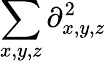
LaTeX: \sum_{x,y,z}\partial_{x,y,z}^{2}